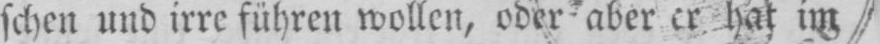
hat im